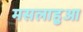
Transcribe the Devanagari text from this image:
मसलाहुआ